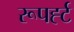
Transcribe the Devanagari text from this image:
रूपर्ह्ट